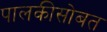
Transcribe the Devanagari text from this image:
पालकीसोबत